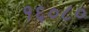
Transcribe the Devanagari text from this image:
१६०८०